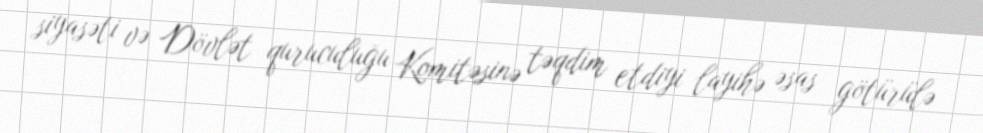
siyasəti və Dövlət quruculuğu Komitəsinə təqdim etdiyi layihə əsas götürülə